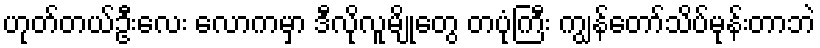
ဟုတ်တယ်ဦးလေး လောကမှာ ဒီလိုလူမျိုတွေ တပုံကြီး ကျွန်တော်သိပ်မုန်းတာဘဲ